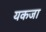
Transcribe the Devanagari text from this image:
यकजा